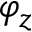
\varphi _ { z }